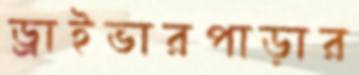
ড্রাইভারপাড়ার